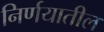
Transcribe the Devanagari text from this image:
निर्णयातील